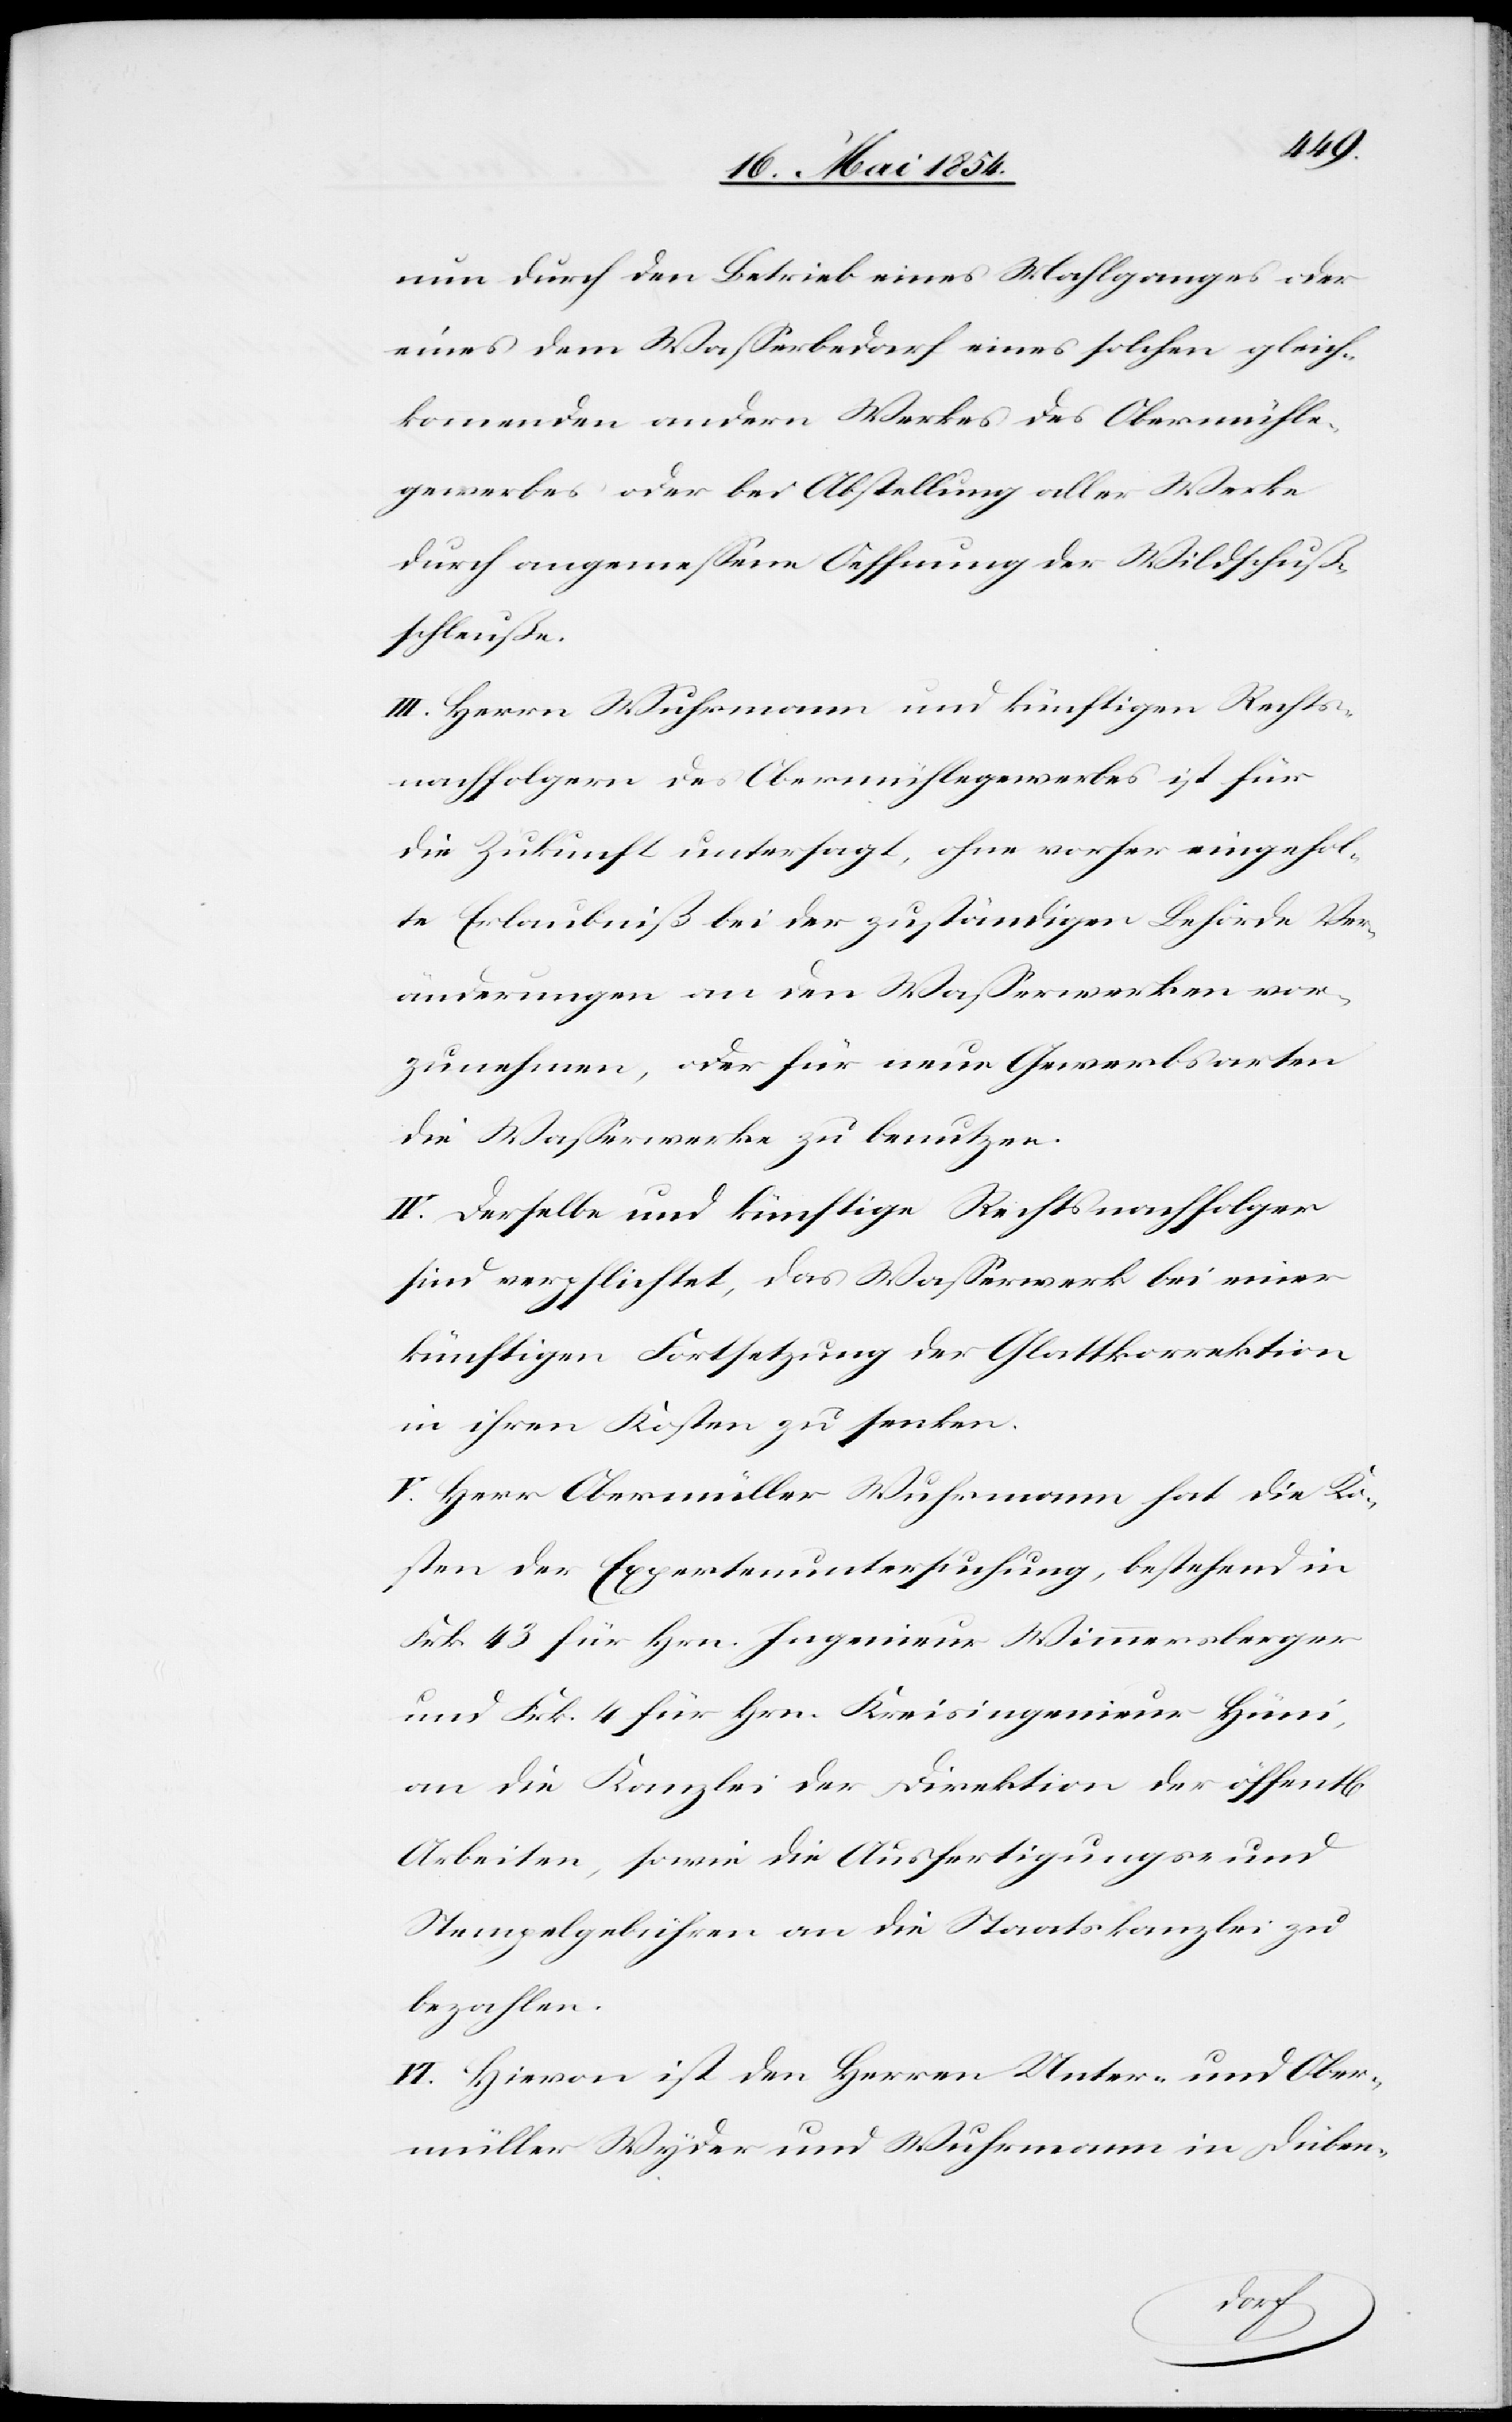
nun durch den Betrieb eines Mahlganges oder
eines dem Waßerbedarf eines solchen gleich¬
kommenden andern Werkes des Obermühle¬
gewerbes oder bei Abstellung aller Werke
durch angemeßene Oeffnung der Wildschuß¬
schleuße.
III. Herrn Wuhrmann und künftigen Rechts¬
nachfolgern des Obermühlegewerbes ist für
die Zukunft untersagt, ohne vorher eingehol¬
te Erlaubniß bei der zuständigen Behörde Ver¬
änderungen an den Waßerwerken vor¬
zunehmen, oder für neue Gewerbsarten
die Waßerwerke zu benutzen.
IV. Derselbe und künftige Rechtsnachfolger
sind verpflichtet, das Waßerwerk bei einer
künftigen Fortsetzung der Glattkorrektion
in ihren Kosten zu senken.
V. Herr Obermüller Wuhrmann hat die Ko¬
sten der Expertenuntersuchung, bestehend in
Frk. 43 für Hrn. Ingenieur Wimmersberger
und Frk. 4 für Hrn. Kreisingenieur Hüni,
an die Kanzlei der Direktion der öffentl.
Arbeiten, sowie die Ausfertigungs- und
Stempelgebühren an die Staatskanzlei zu
bezahlen.
VI. Hievon ist den Herren Unter- und Ober¬
müller Wyder und Wuhrmann in Düben-